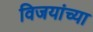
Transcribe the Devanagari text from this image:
विजयांच्या